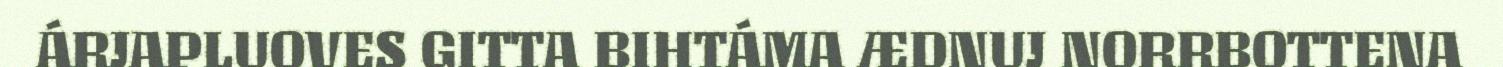
ÁRJAPLUOVES GITTA BIHTÁMA ÆDNUJ NORRBOTTENA